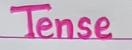
Tense